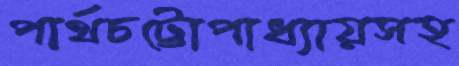
পার্থচট্টোপাধ্যায়সহ